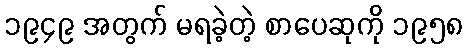
၁၉၄၉ အတွက် မရခဲ့တဲ့ စာပေဆုကို ၁၉၅၈